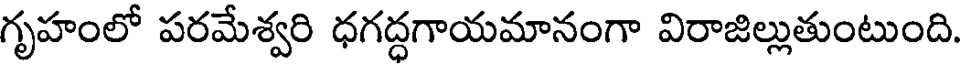
గృహంలో పరమేశ్వరి ధగద్ధగాయమానంగా విరాజిల్లుతుంటుంది.